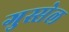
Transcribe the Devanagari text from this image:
गुस्सेल